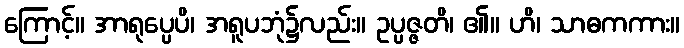
ကြောင့်။ အာရုပ္ပေပိ၊ အရူပဘုံ၌လည်း။ ဥပ္ပဇ္ဇတိ၊ ၏။ ဟိ၊ သာဓကကား။